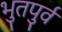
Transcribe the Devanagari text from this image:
भुतपुर्व